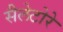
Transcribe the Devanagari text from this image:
सैलेटोरे